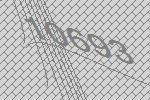
10693